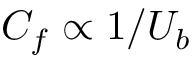
C _ { f } \propto 1 / U _ { b }